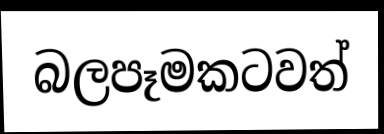
බලපෑමකටවත්